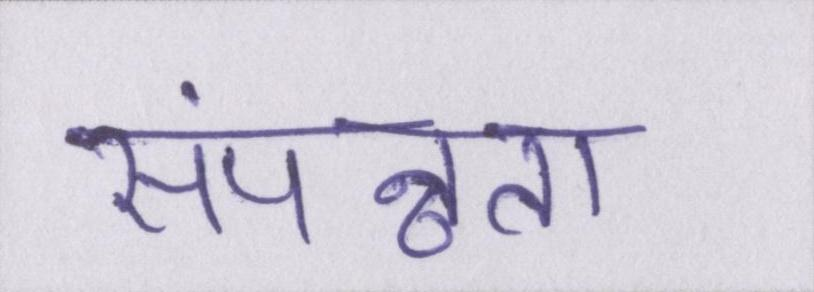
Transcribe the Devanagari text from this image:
संपन्नता